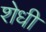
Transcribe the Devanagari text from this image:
शेधी